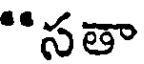
"సతా